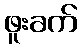
ဖူးခက်